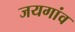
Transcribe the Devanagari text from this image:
जयगांव